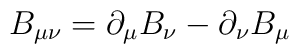
B_{\mu\nu} = \partial_{\mu} B_{\nu} - \partial_{\nu} B_{\mu}